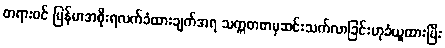
တရားဝင် မြန်မာအစိုးရလက်ခံထားချက်အရ သက္ကတစာမှဆင်းသက်လာခြင်းဟုခံယူထားပြီး